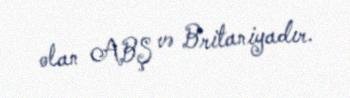
olan ABŞ və Britaniyadır.